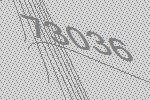
73036